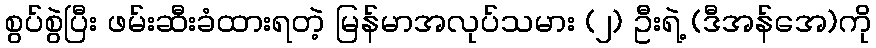
စွပ်စွဲပြီး ဖမ်းဆီးခံထားရတဲ့ မြန်မာအလုပ်သမား (၂) ဦးရဲ့ (ဒီအန်အေ)ကို